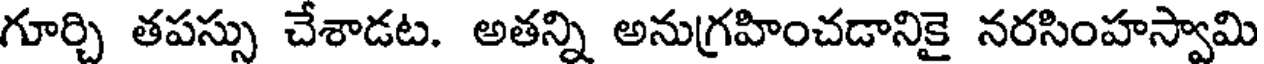
గూర్చి తపస్సు చేశాడట. అతన్ని అనుగ్రహించడానికై నరసింహస్వామి